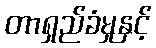
တာရှည်ခံမှုနှင့်